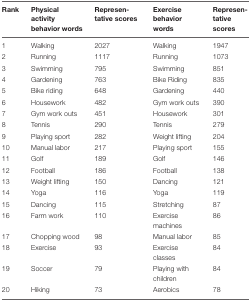
| Rank | Physical activity behavior words | Represen tative scores | Exercise behavior words | Represen tative scores |
 | --- | --- | --- | --- | --- |
 | 1 | Walking | 2027 | Walking | 1947 |
 | 2 | Running | 1117 | Running | 1073 |
 | 3 | Swimming | 795 | Swimming | 851 |
 | 4 | Gardening | 763 | Bike Riding | 835 |
 | 5 | Bike riding | 648 | Gardening | 440 |
 | 6 | Housework | 482 | Gym work outs | 390 |
 | 7 | Gym work outs | 451 | Housework | 301 |
 | 8 | Tennis | 290 | Tennis | 279 |
 | 9 | Playing sport | 282 | Weight lifting | 204 |
 | 10 | Manual labor | 217 | Playing sport | 155 |
 | 11 | Golf | 189 | Golf | 146 |
 | 12 | Football | 186 | Football | 138 |
 | 13 | Weight lifting | 150 | Dancing | 121 |
 | 14 | Yoga | 116 | Yoga | 119 |
 | 15 | Dancing | 115 | Stretching | 87 |
 | 16 | Farm work | 110 | Exercise machines | 86 |
 | 17 | Chopping wood | 98 | Manual labor | 85 |
 | 18 | Exercise | 93 | Exercise classes | 84 |
 | 19 | Soccer | 79 | Playing with children | 84 |
 | 20 | Hiking | 73 | Aerobics | 78 |